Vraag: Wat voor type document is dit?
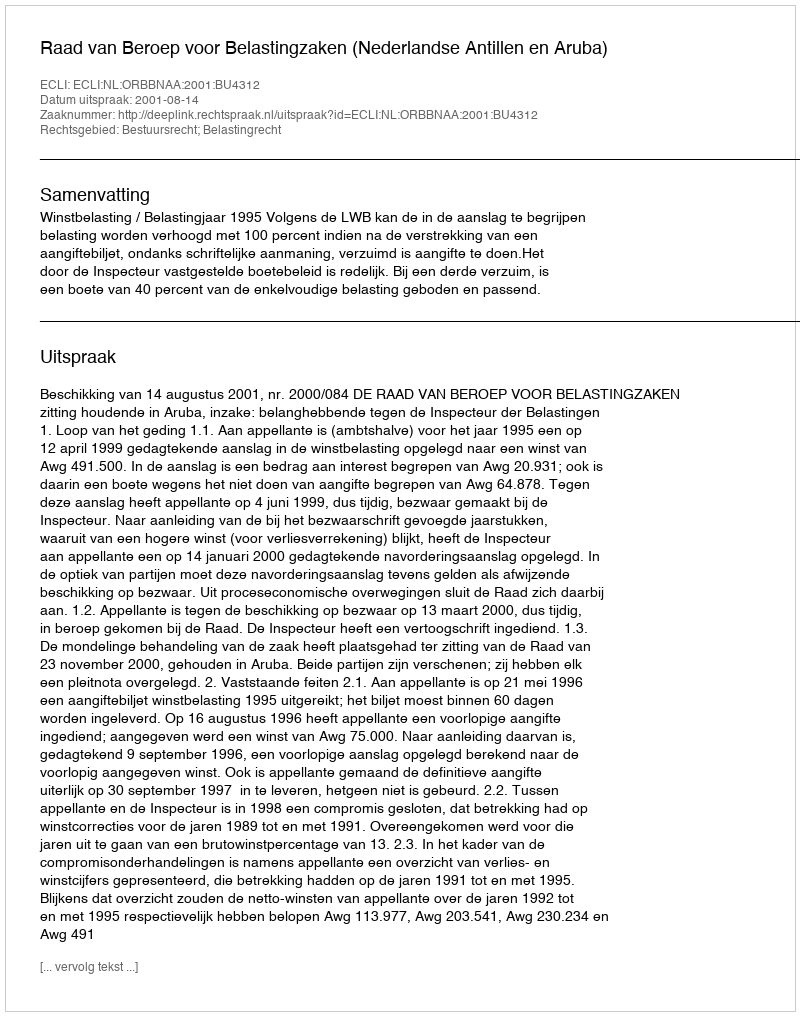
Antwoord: Uitspraak